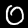
Digit: 0